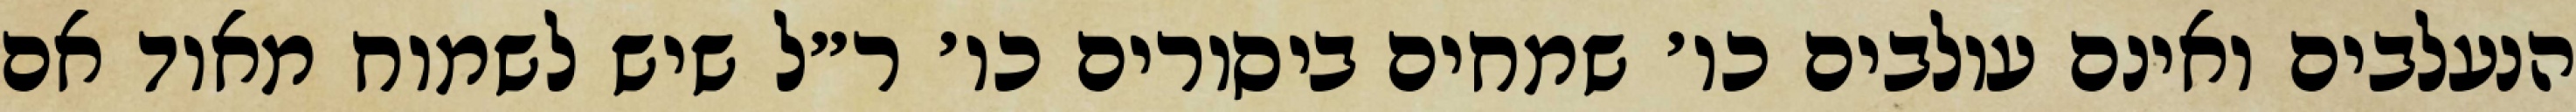
הנעלבים ואינם עולבים כו׳ שמחים ביסורים כו׳ ר״ל שיש לשמוח מאוד אם